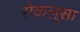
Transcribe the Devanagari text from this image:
सेकलूसा